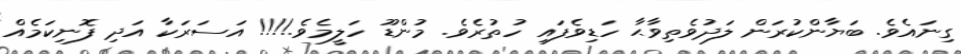
ގިނައެވެ. ބަޔާންކުރަން ލަދުވެތިވާޙާ ހަޑިވެފައި ހުތުރެވެ. މުންޑޫ ހަލީމެވެ.!!!! އަސަރަކާ އަދި ފޮނިކަމެއް